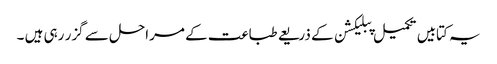
یہ کتابیں تکمیل پبلیکشن کے ذریعے طباعت کے مراحل سے گزر رہی ہیں ۔